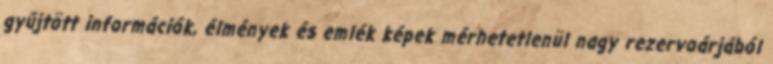
gyűjtött információk, élmények és emlék képek mérhetetlenül nagy rezervoárjából